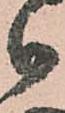
御